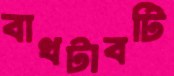
বাথটাবটি